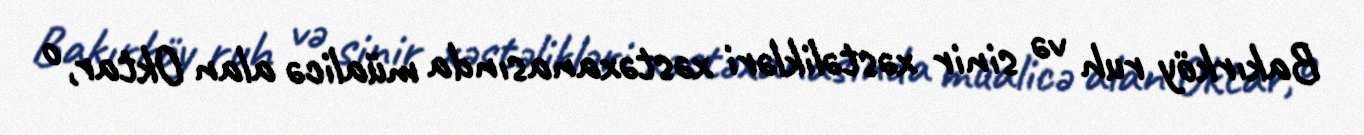
Bakırköy ruh və sinir xəstəlikləri xəstəxanasında müalicə alan Oktar, o